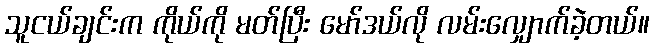
သူငယ်ချင်းက ကိုယ်ကို မတ်ပြီး မော်ဒယ်လို လမ်းလျှောက်ခဲ့တယ်။